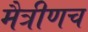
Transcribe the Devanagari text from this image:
मैत्रीणच